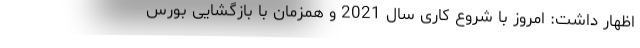
اظهار داشت: امروز با شروع کاری سال 2021 و همزمان با بازگشایی بورس